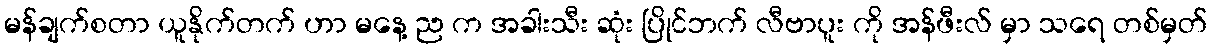
မန်ချက်စတာ ယူနိုက်တက် ဟာ မနေ့ ည က အခါးသီး ဆုံး ပြိုင်ဘက် လီဗာပူး ကို အန်ဖီးလ် မှာ သရေ တစ်မှတ်